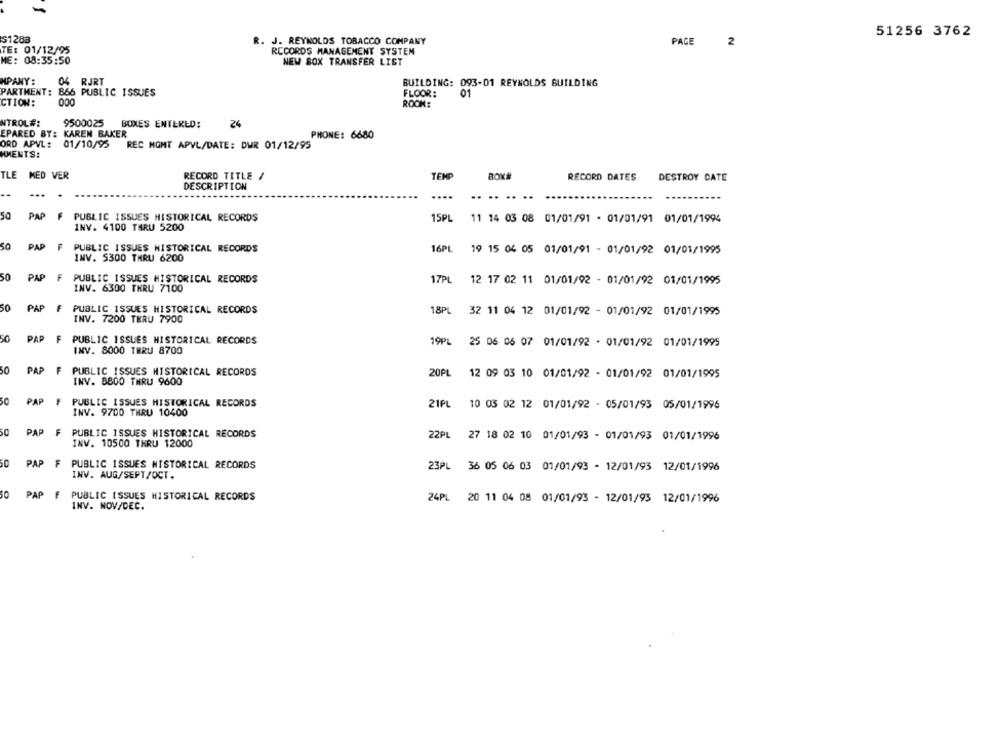
-
S1283
51256 3762
R. J. REYNOLDS TOBACCO COMPANY
PAGE
2
TE: 01/12/95
RECORDS MANAGEMENT SYSTEM
ME: 08:35:50
NEW BOX TRANSFER LIST
MPANY:
04 RJRT
BUILDING: 093-01 REYNOLDS BUILDING
PARTMENT: 866 PUBLIC ISSUES
FLOOR:
01
CTION:
000
ROOK:
NTROL#:
9500025
BOXES ENTERED:
24
EPARED BY: KAREN BAKER
PHONE: 6680
ORD APVL: 01/10/95
REC MGMT APVL/DATE: DWR 01/12/95
HMENTS:
TLE
MED VER
RECORD TITLE /
TEMP
BOX#
RECORD DATES
DESTROY DATE
DESCRIPTION
..
...
....
..
.....
50
PAP
F
PUBLIC ISSUES HISTORICAL RECORDS
15PL
11 14 03 08 01/01/91 - 01/01/91 01/01/1994
INV. 4100 TARU 5200
30
PAP
F
PUBLIC ISSUES HISTORICAL RECORDS
16PL 19 15 04 05 01/01/91 - 01/01/92 01/01/1995
INV. 5300 THRU 6200
50
PAP
F
PUBLIC ISSUES HISTORICAL RECORDS
17PL 12 17 02 11 01/01/92 - 01/01/92 01/01/1995
INV. 6300 THRU 7100
50 PAP
PUBLIC ISSUES HISTORICAL RECORDS
18PL 32 11 04 12 01/01/92 - 01/01/92 01/01/1995
INV. 7200 TERU 7900
50
PAP
PUBLIC ISSUES HISTORICAL RECORDS
19PL 25 06 06 07 01/01/92 - 01/01/92 01/01/1995
INV. 8000 THRU 8700
PAP
F PUBLIC ISSUES HISTORICAL RECORDS
20PL 12 09 03 10 01/01/92 - 01/01/92 01/01/1995
INV. 8800 THRU 9600
50
PAP
PUBLIC ISSUES HISTORICAL RECORDS
21PL 10 03 02 12 01/01/92 - 05/01/93 05/01/1996
INV. 9700 THRU 10400
50
PAP
F
PUBLIC ISSUES HISTORICAL RECORDS
22PL 27 18 02 10 01/01/93 - 01/01/93 01/01/1996
INV. 10500 THRU 12000
50
PAP
F PUBLIC ISSUES HISTORICAL RECORDS
23PL 36 05 06 03 01/01/93 - 12/01/93 12/01/1996
INV. AUG/SEPT/OCT.
50
PAP
PUBLIC ISSUES HISTORICAL RECORDS
24PL 20 11 04 08 01/01/93 - 12/01/93 12/01/1996
INV. NOV/DEC.